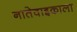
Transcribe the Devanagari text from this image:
नातेवाइकाला